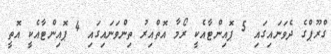
ގްރޫޕްގެ ދެވަނައިގައި 5 ޕޮއިންޓާއެކީ ރޯމާ އޮތްއިރު ތިންވަނައިގައި 4 ޕޮއިންޓާއެކީ އޮތީ